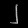
Digit: ၂